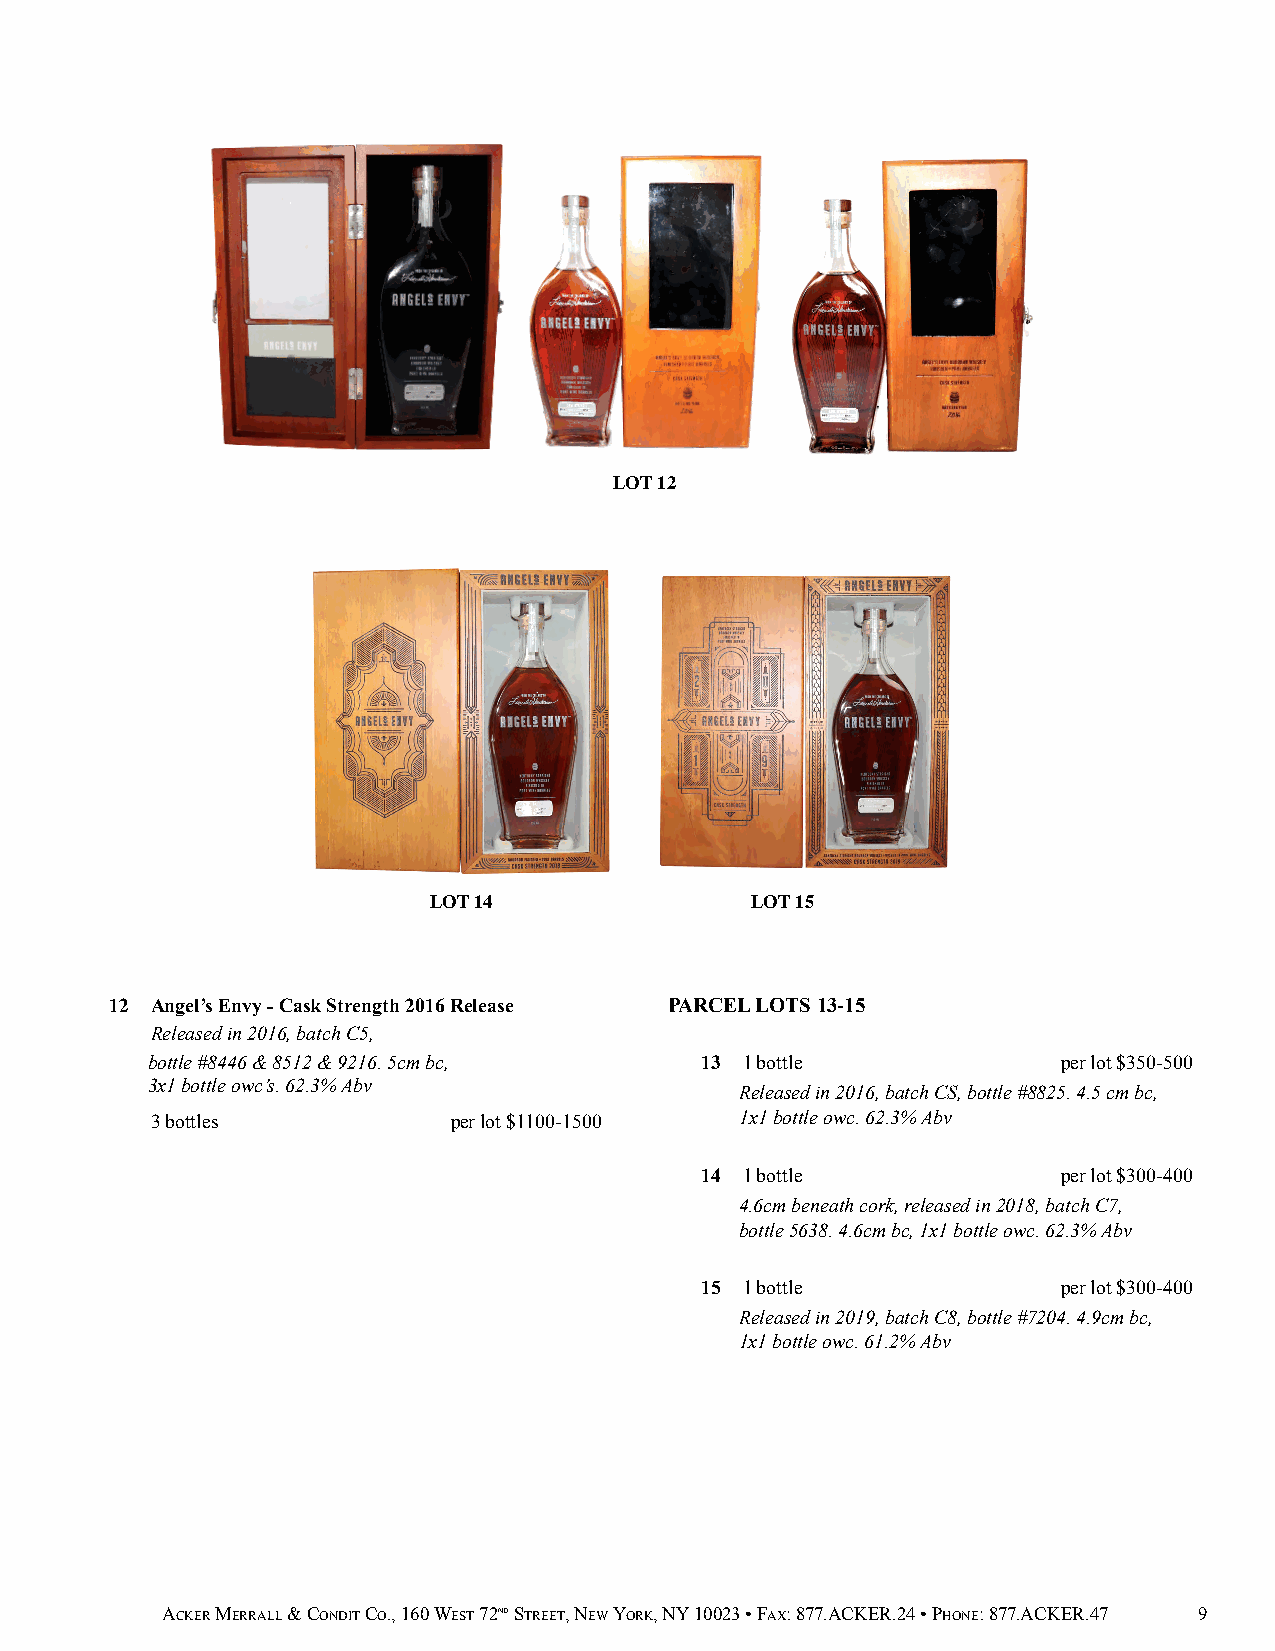
LOT 12
 LOT 14                LOT 15
 12 Angel’s Envy - Cask Strength 2016 Release PARCEL LOTS 13-15
 Released in 2016, batch C5,
 bottle #8446 & 8512 & 9216. 5cm bc, 13 1 bottle             per lot $350-500
 3x1 bottle owc’s. 62.3% Abv
 Released in 2016, batch CS, bottle #8825. 4.5 cm bc,
 3 bottles           per lot $1100-1500 1x1 bottle owc. 62.3% Abv
 14 1 bottle             per lot $300-400
 4.6cm beneath cork, released in 2018, batch C7,
 bottle 5638. 4.6cm bc, 1x1 bottle owc. 62.3% Abv
 15 1 bottle             per lot $300-400
 Released in 2019, batch C8, bottle #7204. 4.9cm bc,
 1x1 bottle owc. 61.2% Abv
 ACKER MERRALL & CONDIT CO., 160 WEST 72ND STREET, NEW YORK, NY 10023 • FAX: 877.ACKER.24 • PHONE: 877.ACKER.47 9